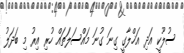
ސުލޫކީ އަދި އަޚްލާގީ ގިނަ ގުނަ މައްސަލަތައް ހުރި އިރު މި ބަދަލު